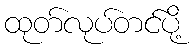
ထုတ်လုပ်တင်ပို့